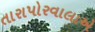
તારાપોરવાલાએ